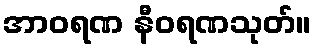
အာဝရဏ နီဝရဏသုတ်။